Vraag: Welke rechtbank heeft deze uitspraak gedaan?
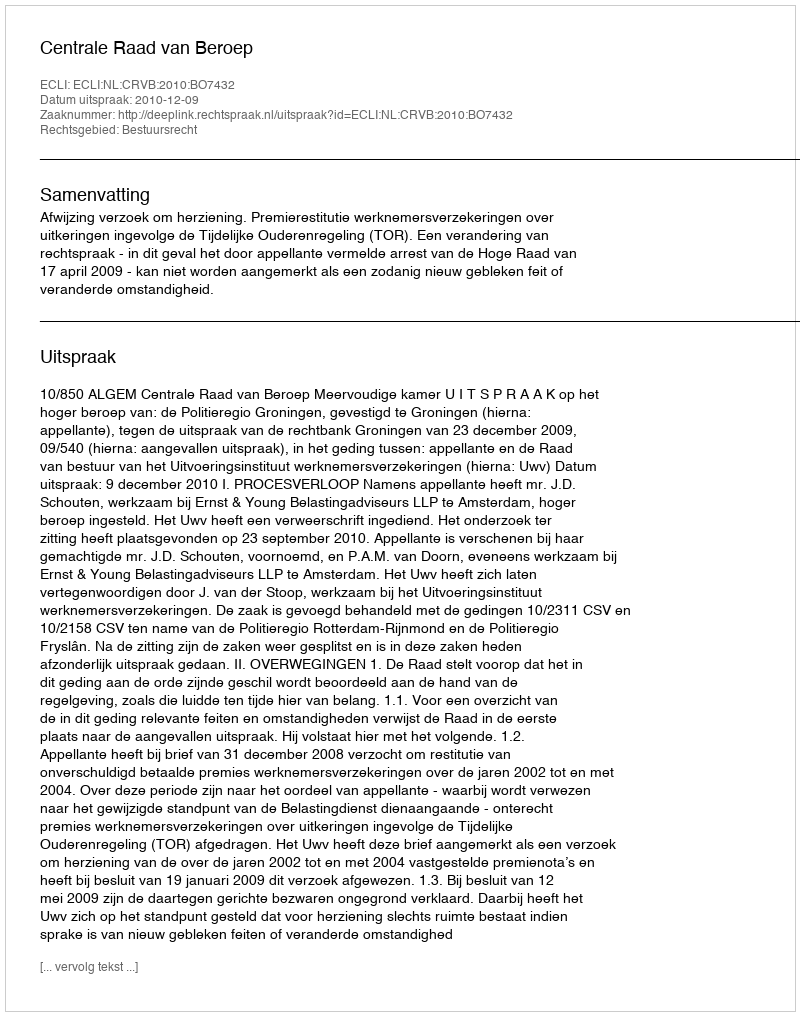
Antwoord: Centrale Raad van Beroep